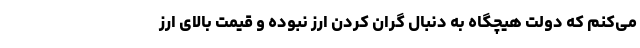
می‌کنم که دولت هیچگاه به دنبال گران کردن ارز نبوده و قیمت بالای ارز